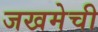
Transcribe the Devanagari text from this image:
जखमेची